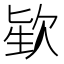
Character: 𪴬